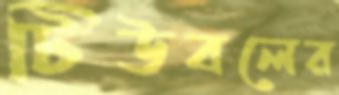
টিউবলের